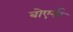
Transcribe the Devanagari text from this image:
बोएर्नर